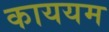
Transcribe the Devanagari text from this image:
काययम